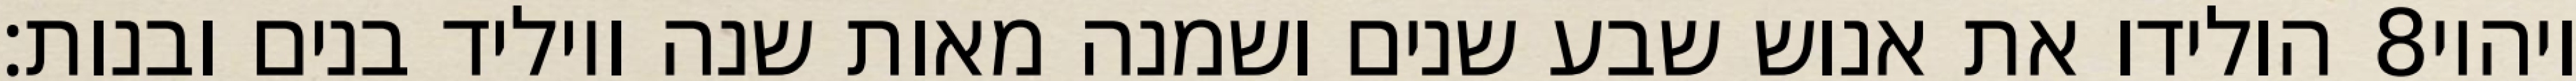
הולידו את אנוש שבע שנים ושמנה מאות שנה ויוליד בנים ובנות׃ ‎8‏ ויהיו